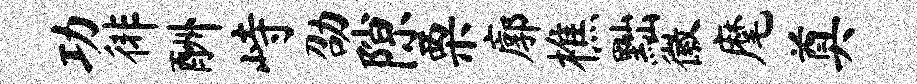
功徘酬峙劭隙栗廓樵黜徽麾奠